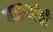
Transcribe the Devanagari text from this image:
गजर्‍यांची